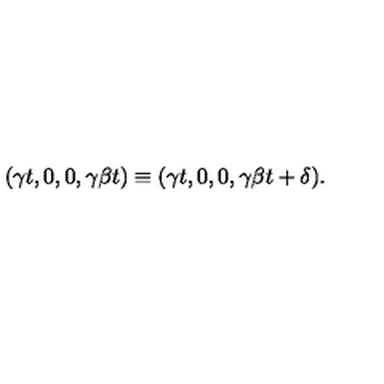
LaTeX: ( \gamma t , 0 , 0 , \gamma \beta t ) \equiv ( \gamma t , 0 , 0 , \gamma \beta t + \delta ) .